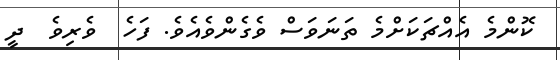
ކޮންމެ އެއްޗަކަށްމެ ތަނަވަސް ވެގެންވެއެވެ. ފަހެ  ވެރިވެ  ދީ